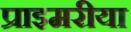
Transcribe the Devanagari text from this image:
प्राइमरीया